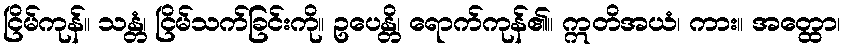
ငြိမ်ကုန်။ သန္တံ၊ ငြိမ်သက်ခြင်းကို။ ဥပေန္တိ၊ ရောက်ကုန်၏။ ဣတိအယံ၊ ကား။ အတ္ထော၊